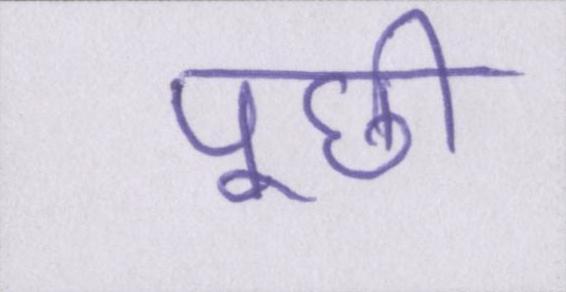
पूछी